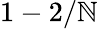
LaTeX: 1-2/\mathbb{N}